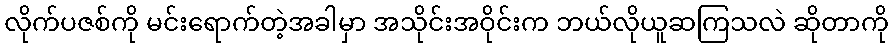
လိုက်ပဇစ်ကို မင်းရောက်တဲ့အခါမှာ အသိုင်းအဝိုင်းက ဘယ်လိုယူဆကြသလဲ ဆိုတာကို